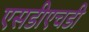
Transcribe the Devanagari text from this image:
एसडीएचडी